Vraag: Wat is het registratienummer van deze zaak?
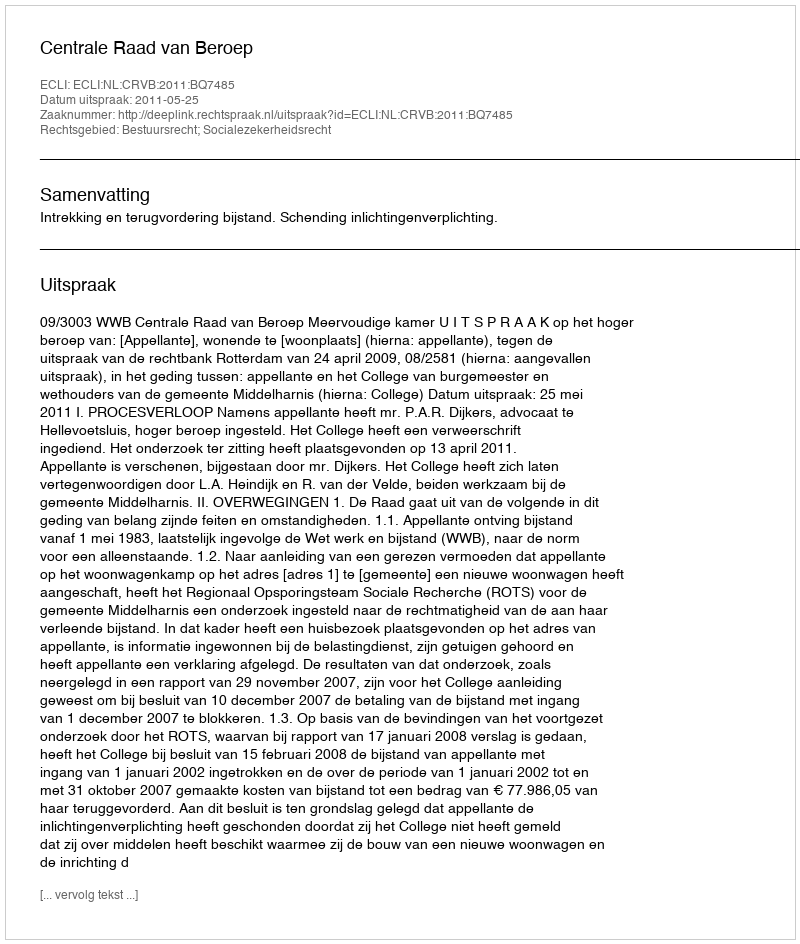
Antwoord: http://deeplink.rechtspraak.nl/uitspraak?id=ECLI:NL:CRVB:2011:BQ7485